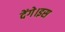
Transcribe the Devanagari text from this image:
देंगे।इस